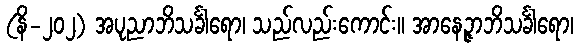
(နိ-၂၀၂) အပုညာဘိသင်္ခါရော၊ သည်လည်းကောင်း။ အာနေဉ္ဇာဘိသင်္ခါရော၊